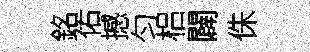
銘佑撼匀梠闢侏